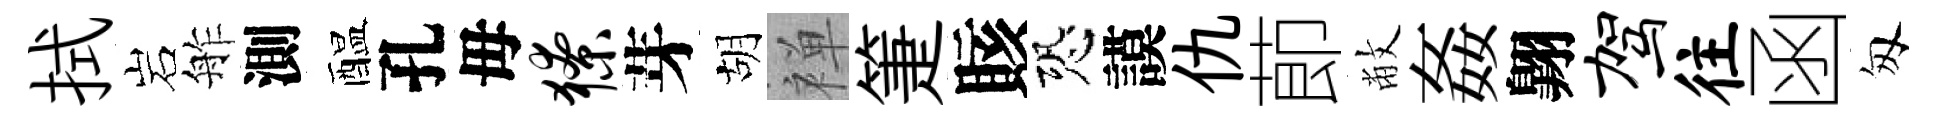
拭岩舴測醖孔毋獠芽胡禅箑賅恐謨仇莭敝姦翺驾往函匆